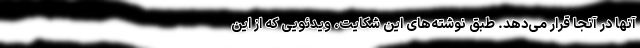
آنها در آنجا قرار می‌دهد. طبق نوشته‌های این شکایت، ویدئویی که از این